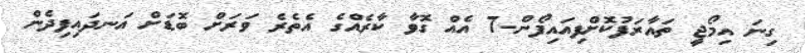
ގިނަ އިމޯޖީ ތައާރަފުކޮށްފިއައިފޯން-7 އެއް ގޮވާ ކާރެއްގެ އެތެރެ ވަރަށް ބޮޑަށް އަނދައިފިދެން